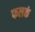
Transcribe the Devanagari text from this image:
फलकं